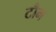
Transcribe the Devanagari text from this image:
टौन